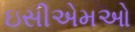
ઇસીએમઓ